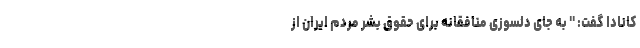
کانادا گفت: " به جای دلسوزی منافقانه برای حقوق بشر مردم ایران از